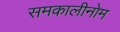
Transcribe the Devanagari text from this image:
समकालीनोम